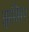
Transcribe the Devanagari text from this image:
झकिर